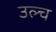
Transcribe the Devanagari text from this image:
उल्च